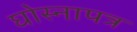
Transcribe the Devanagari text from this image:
घोस्नापत्र